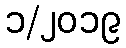
၁/၂၀၁၉